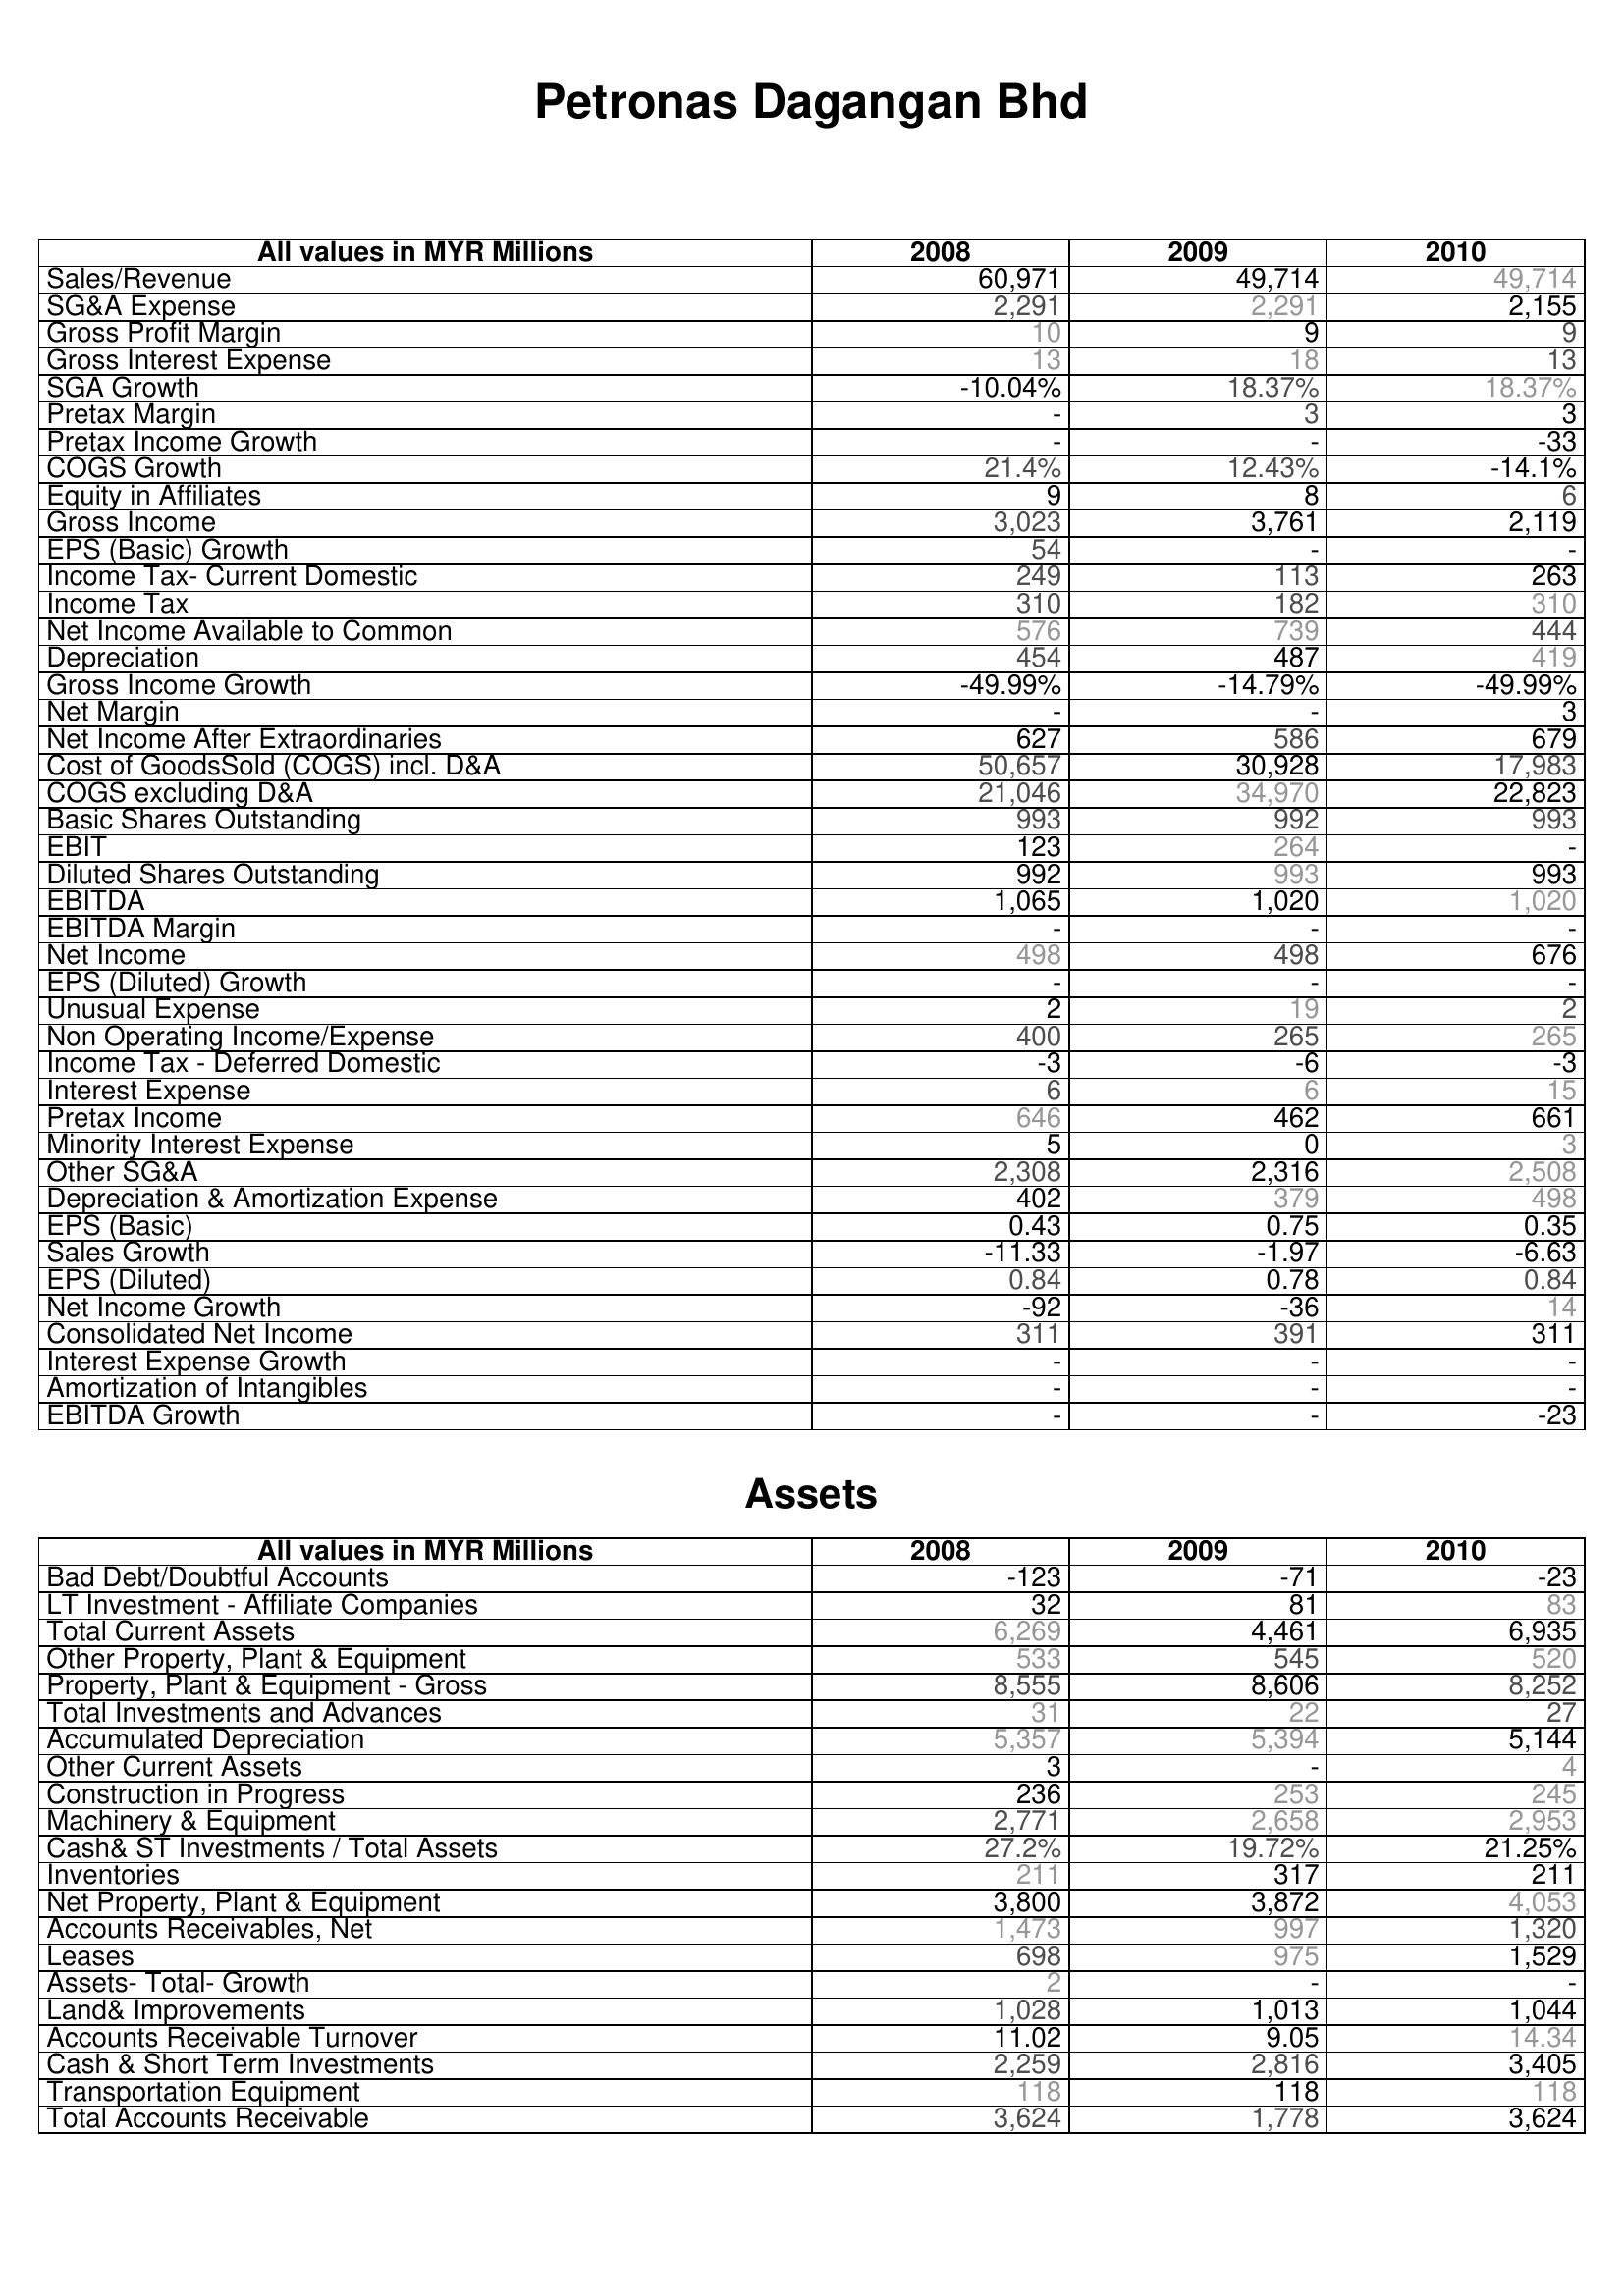
2008: : Sales/Revenue: 60,971
SG&A Expense: 2,291
Gross Profit Margin: 10
Gross Interest Expense: 13
SGA Growth: -10.04%
Pretax Margin: -
Pretax Income Growth: -
COGS Growth: 21.4%
Equity in Affiliates: 9
Gross Income: 3,023
EPS (Basic) Growth: 54
Income Tax- Current Domestic: 249
Income Tax: 310
Net Income Available to Common: 576
Depreciation: 454
Gross Income Growth: -49.99%
Net Margin: -
Net Income After Extraordinaries: 627
Cost of GoodsSold (COGS) incl. D&A: 50,657
COGS excluding D&A: 21,046
Basic Shares Outstanding: 993
EBIT: 123
Diluted Shares Outstanding: 992
EBITDA: 1,065
EBITDA Margin: -
Net Income: 498
EPS (Diluted) Growth: -
Unusual Expense: 2
Non Operating Income/Expense: 400
Income Tax - Deferred Domestic: -3
Interest Expense: 6
Pretax Income: 646
Minority Interest Expense: 5
Other SG&A: 2,308
Depreciation & Amortization Expense: 402
EPS (Basic): 0.43
Sales Growth: -11.33
EPS (Diluted): 0.84
Net Income Growth: -92
Consolidated Net Income: 311
Interest Expense Growth: -
Amortization of Intangibles: -
EBITDA Growth: -
Assets: Bad Debt/Doubtful Accounts: -123
LT Investment - Affiliate Companies: 32
Total Current Assets: 6,269
Other Property, Plant & Equipment: 533
Property, Plant & Equipment - Gross : 8,555
Total Investments and Advances: 31
Accumulated Depreciation: 5,357
Other Current Assets: 3
Construction in Progress: 236
Machinery & Equipment: 2,771
Cash& ST Investments / Total Assets: 27.2%
Inventories: 211
Net Property, Plant & Equipment: 3,800
Accounts Receivables, Net: 1,473
Leases: 698
Assets- Total- Growth: 2
Land& Improvements: 1,028
Accounts Receivable Turnover: 11.02
Cash & Short Term Investments: 2,259
Transportation Equipment: 118
Total Accounts Receivable: 3,624
2009: : Sales/Revenue: 49,714
SG&A Expense: 2,291
Gross Profit Margin: 9
Gross Interest Expense: 18
SGA Growth: 18.37%
Pretax Margin: 3
Pretax Income Growth: -
COGS Growth: 12.43%
Equity in Affiliates: 8
Gross Income: 3,761
EPS (Basic) Growth: -
Income Tax- Current Domestic: 113
Income Tax: 182
Net Income Available to Common: 739
Depreciation: 487
Gross Income Growth: -14.79%
Net Margin: -
Net Income After Extraordinaries: 586
Cost of GoodsSold (COGS) incl. D&A: 30,928
COGS excluding D&A: 34,970
Basic Shares Outstanding: 992
EBIT: 264
Diluted Shares Outstanding: 993
EBITDA: 1,020
EBITDA Margin: -
Net Income: 498
EPS (Diluted) Growth: -
Unusual Expense: 19
Non Operating Income/Expense: 265
Income Tax - Deferred Domestic: -6
Interest Expense: 6
Pretax Income: 462
Minority Interest Expense: 0
Other SG&A: 2,316
Depreciation & Amortization Expense: 379
EPS (Basic): 0.75
Sales Growth: -1.97
EPS (Diluted): 0.78
Net Income Growth: -36
Consolidated Net Income: 391
Interest Expense Growth: -
Amortization of Intangibles: -
EBITDA Growth: -
Assets: Bad Debt/Doubtful Accounts: -71
LT Investment - Affiliate Companies: 81
Total Current Assets: 4,461
Other Property, Plant & Equipment: 545
Property, Plant & Equipment - Gross : 8,606
Total Investments and Advances: 22
Accumulated Depreciation: 5,394
Other Current Assets: -
Construction in Progress: 253
Machinery & Equipment: 2,658
Cash& ST Investments / Total Assets: 19.72%
Inventories: 317
Net Property, Plant & Equipment: 3,872
Accounts Receivables, Net: 997
Leases: 975
Assets- Total- Growth: -
Land& Improvements: 1,013
Accounts Receivable Turnover: 9.05
Cash & Short Term Investments: 2,816
Transportation Equipment: 118
Total Accounts Receivable: 1,778
2010: : Sales/Revenue: 49,714
SG&A Expense: 2,155
Gross Profit Margin: 9
Gross Interest Expense: 13
SGA Growth: 18.37%
Pretax Margin: 3
Pretax Income Growth: -33
COGS Growth: -14.1%
Equity in Affiliates: 6
Gross Income: 2,119
EPS (Basic) Growth: -
Income Tax- Current Domestic: 263
Income Tax: 310
Net Income Available to Common: 444
Depreciation: 419
Gross Income Growth: -49.99%
Net Margin: 3
Net Income After Extraordinaries: 679
Cost of GoodsSold (COGS) incl. D&A: 17,983
COGS excluding D&A: 22,823
Basic Shares Outstanding: 993
EBIT: -
Diluted Shares Outstanding: 993
EBITDA: 1,020
EBITDA Margin: -
Net Income: 676
EPS (Diluted) Growth: -
Unusual Expense: 2
Non Operating Income/Expense: 265
Income Tax - Deferred Domestic: -3
Interest Expense: 15
Pretax Income: 661
Minority Interest Expense: 3
Other SG&A: 2,508
Depreciation & Amortization Expense: 498
EPS (Basic): 0.35
Sales Growth: -6.63
EPS (Diluted): 0.84
Net Income Growth: 14
Consolidated Net Income: 311
Interest Expense Growth: -
Amortization of Intangibles: -
EBITDA Growth: -23
Assets: Bad Debt/Doubtful Accounts: -23
LT Investment - Affiliate Companies: 83
Total Current Assets: 6,935
Other Property, Plant & Equipment: 520
Property, Plant & Equipment - Gross : 8,252
Total Investments and Advances: 27
Accumulated Depreciation: 5,144
Other Current Assets: 4
Construction in Progress: 245
Machinery & Equipment: 2,953
Cash& ST Investments / Total Assets: 21.25%
Inventories: 211
Net Property, Plant & Equipment: 4,053
Accounts Receivables, Net: 1,320
Leases: 1,529
Assets- Total- Growth: -
Land& Improvements: 1,044
Accounts Receivable Turnover: 14.34
Cash & Short Term Investments: 3,405
Transportation Equipment: 118
Total Accounts Receivable: 3,624